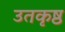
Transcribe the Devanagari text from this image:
उतकृष्ठ